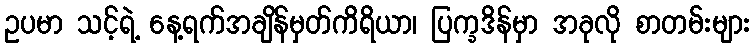
ဥပမာ သင့်ရဲ့ နေ့ရက်အချိန်မှတ်ကိရိယာ၊ ပြက္ခဒိန်မှာ အခုလို စာတမ်းများ